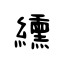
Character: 纁